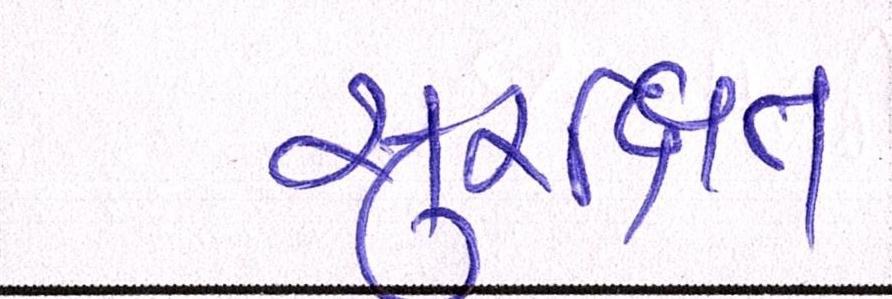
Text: સુરક્ષિત